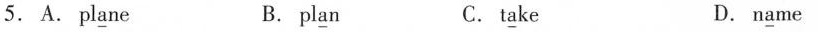
5.A.pl\underline{a}ne B. pl\underline{a}n C.t\underline{a}ke D.n\underline{a}me